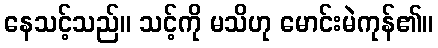
နေသင့်သည်။ သင့်ကို မသိဟု မောင်းမဲကုန်၏။